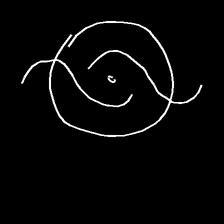
Glyph: repetition